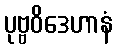
ပုဗ္ဗဝိဒေဟာနံ